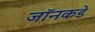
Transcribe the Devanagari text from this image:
जॉनकडे